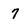
Character: 7